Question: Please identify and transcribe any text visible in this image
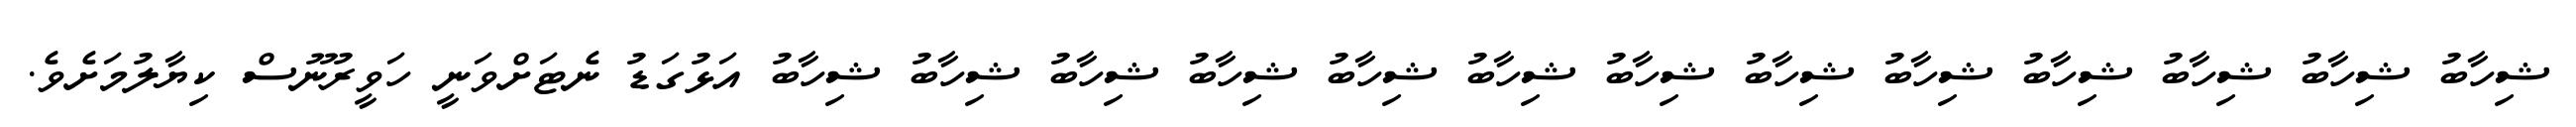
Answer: ޝިހާބު ޝިހާބު ޝިހާބު ޝިހާބު ޝިހާބު ޝިހާބު ޝިހާބު ޝިހާބު ޝިހާބު ޝިހާބު ޝިހާބު ޝިހާބު ޝިހާބު އަޅުގަޑު ނެޓަށްވަނީ ހަވީރުނޫސް ކިޔާލުމަށެވެ.